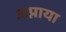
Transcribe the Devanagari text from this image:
अप्नाया